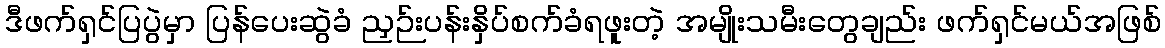
ဒီဖက်ရှင်ပြပွဲမှာ ပြန်ပေးဆွဲခံ ညှဉ်းပန်းနှိပ်စက်ခံရဖူးတဲ့ အမျိုးသမီးတွေချည်း ဖက်ရှင်မယ်အဖြစ်